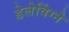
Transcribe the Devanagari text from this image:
डेलेविंग्ने